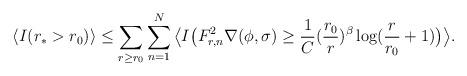
LaTeX: \begin{align*}\langle I(r_*> r_0)\rangle\le\sum_{r\ge r_0}\sum_{n=1}^N\big\langle I\big(F_{r,n}^2\nabla(\phi,\sigma)\ge\frac{1}{C}(\frac{r_0}{r})^\beta\log(\frac{r}{r_0}+1)\big)\big\rangle.\end{align*}